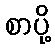
စာပို့